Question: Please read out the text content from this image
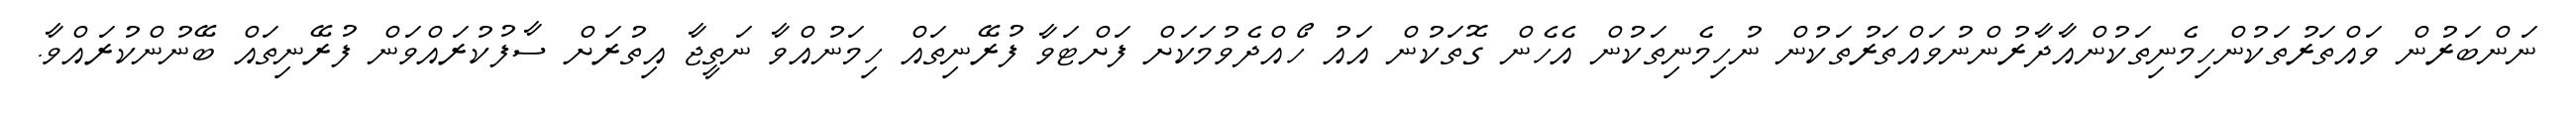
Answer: ނަންބަރުން ވައްތަރުތަކުންހިމެނިތަކުންއާދާރުންނުވައްތަރުތަކުން ނުހިމެނިތަކުން އެހެން ގޮތަކުން އައު ހޯއްދެވުމަކަށް ފަށްޓަވާ ފުރޭނިތައް ހިމަނުއްވާ ނަތީޖާ އިތުރަށް ސާފުކުރައްވަން ފުރޭނިތައް ބޭނުންކުރައްވާ.